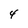
Character: 4